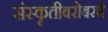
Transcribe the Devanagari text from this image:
संस्कृतीबरोबरचे